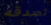
تصدقه